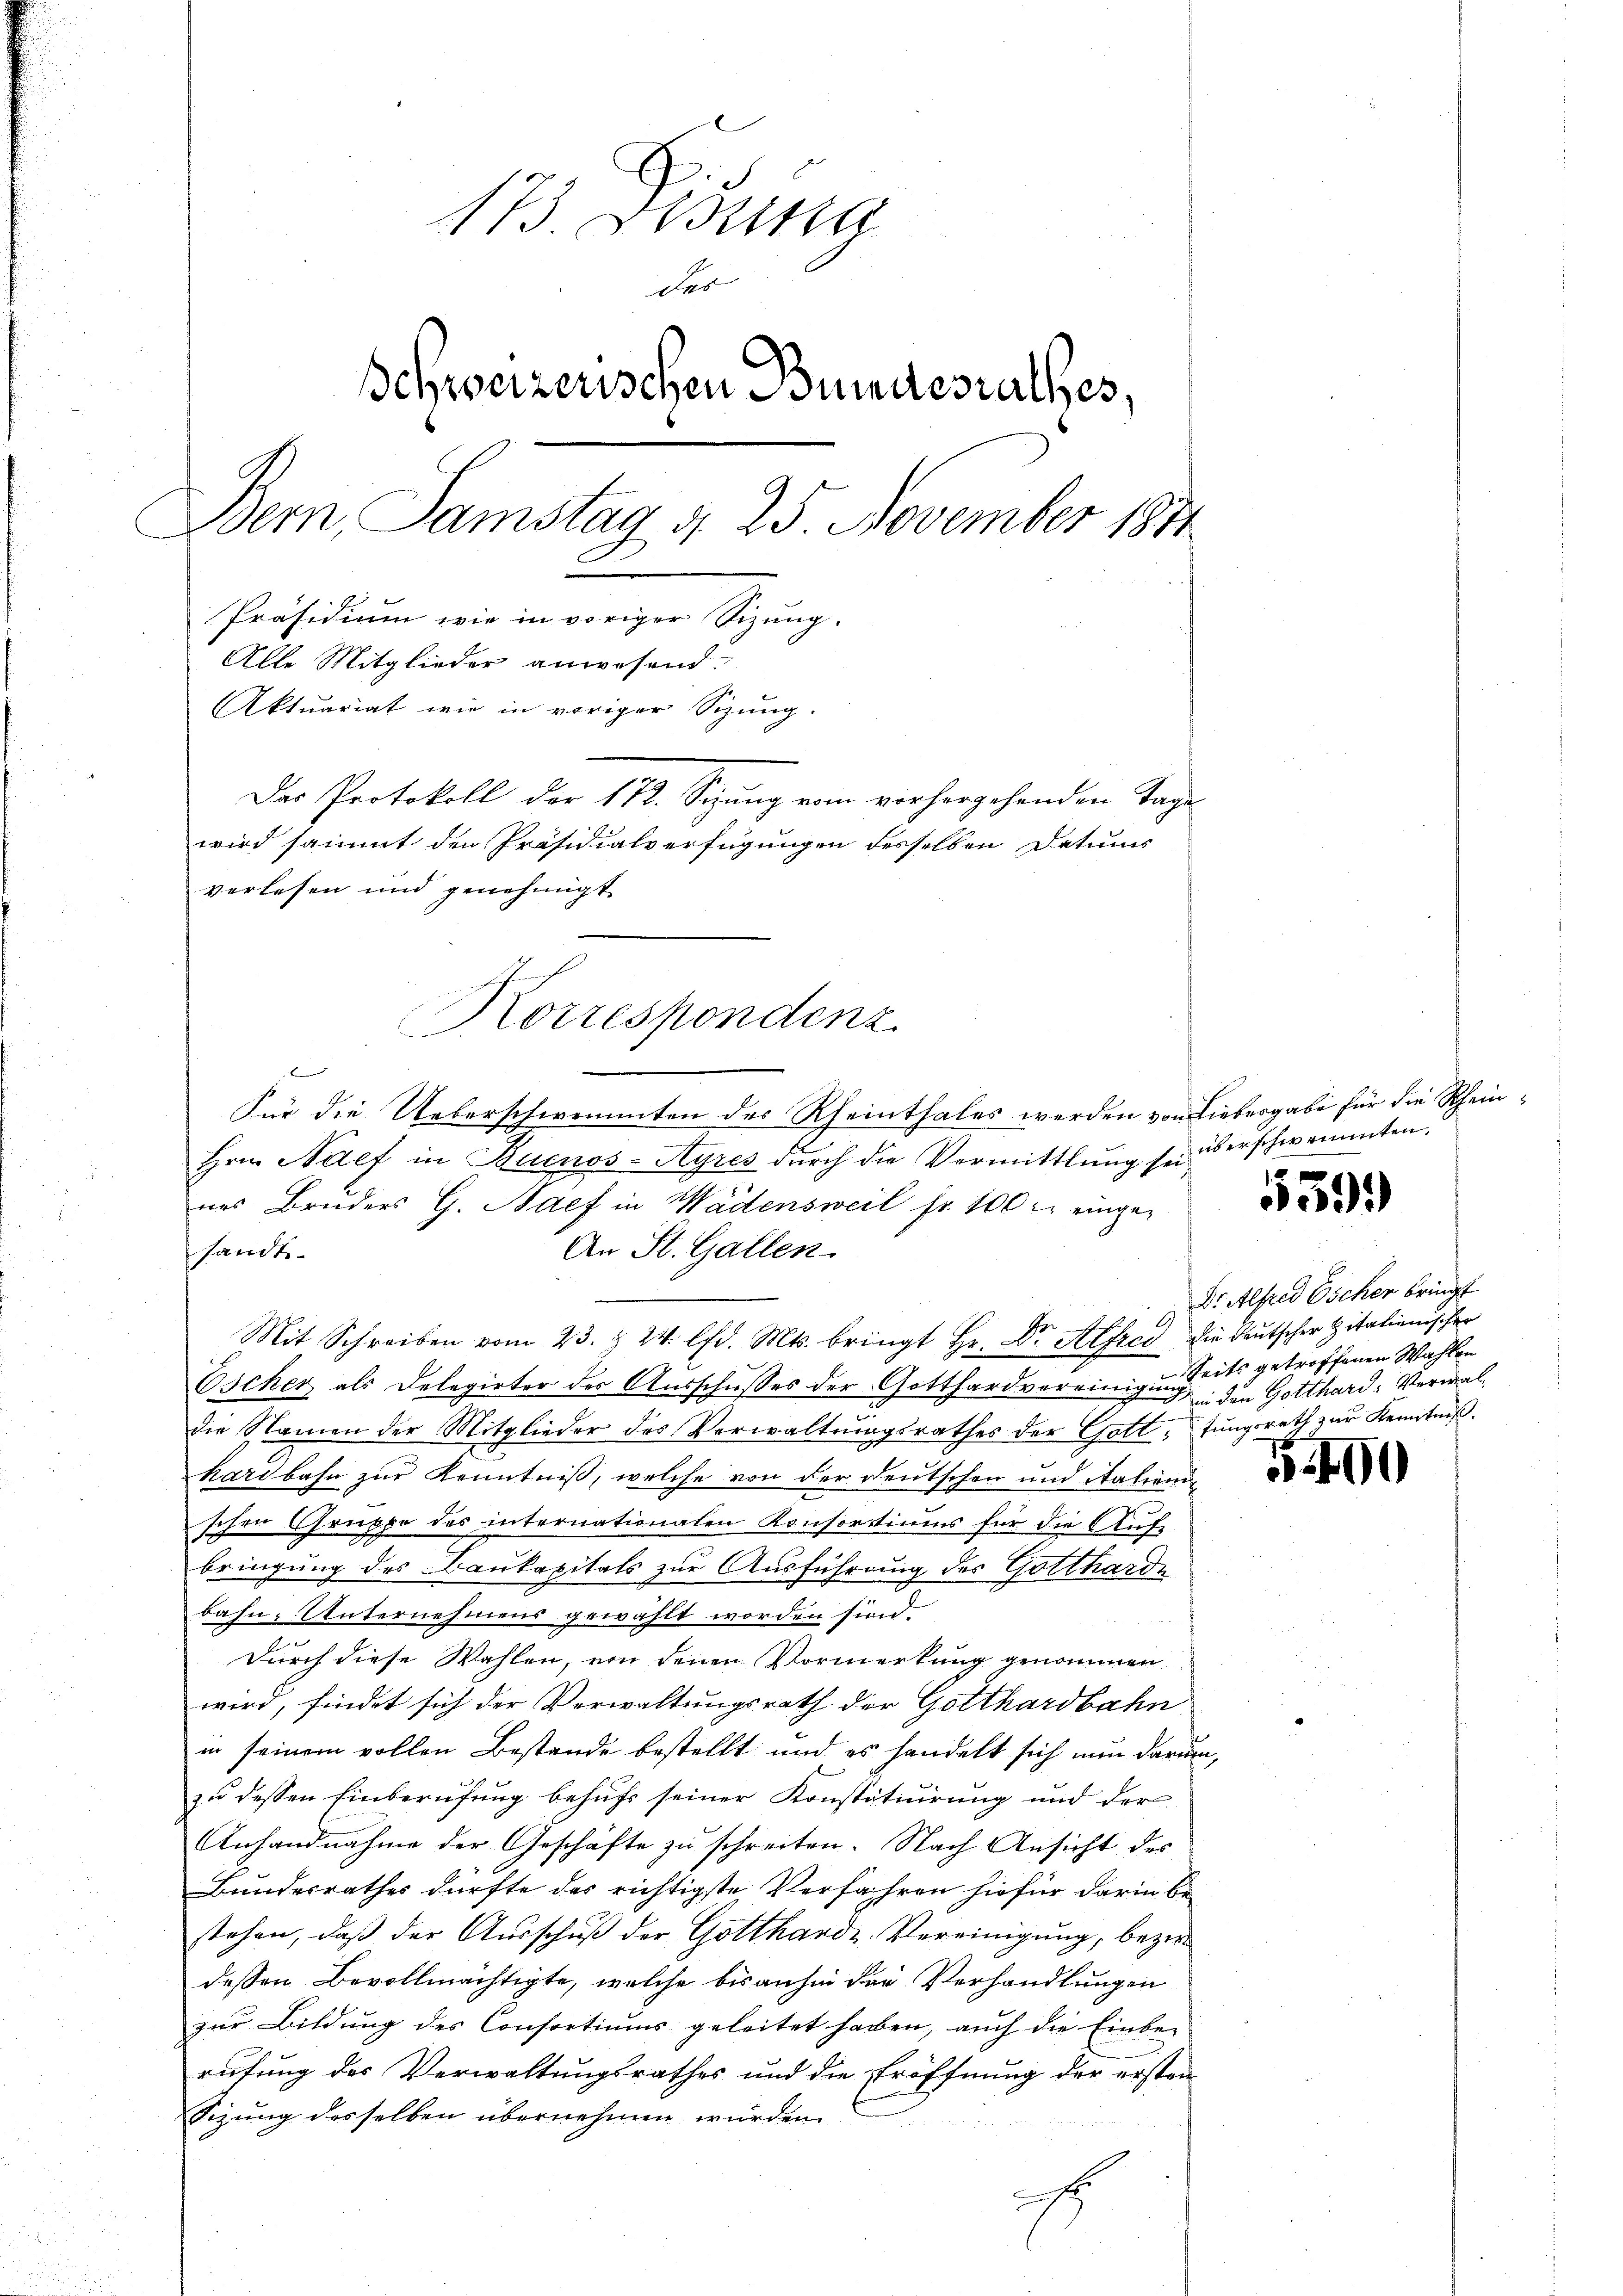
Korrespondenz

173 Sessita
der
Behweizerischen Bundesrathes,
Bern Samstag d. 25. November 1844
D
Präsidium wie in voriger Sizung.
Alle Mitglieder anwesend.
Aktuariat wie in voriger Sitzung.
Das Protokoll der 172. Sizung vom vorhergehenden Tage
wird sammt den Präsidialverfügungen desselben Datums
verlesen und genehmigt

Für die Ueberschwemmten des Rheinthales werden von Liebergabe für die Rhein¬
Hrn. Naef in Buenos-Ayres durch die Vermittlung sei
nes Bruders G. Saef in Wädensweil fr. 100 l. eingesandte
An St. Gallen.
Mit Schreiben vom 23. § 24. lfd. Mts. bringt Hr. Dr. Alfred die deutscher Zitalienischer
Oscher, als Delegirter des Ausschusses der Gotthardvereinigung den Gotthard-Verwaldie Namen der Mitglieder des Verwaltŭngsrathes der Gott, tŭngsrath zŭr Kenntniß
hardbahn zur Kenntniß, welche von der Deutschen und Aalieni
schen Gruppe des internationalen Konsortiums für die Auf-
bringung des Baukapitals zur Ausführung des Gottharde
bahn, Unternehmens gewählt worden sind.
Durch diese Wahlen, von denen Vormerkung genommen
wird, findet sich der Verwaltungsrath der Gotthardbahn
in seinem vollen Bestande bestellt und es handelt sich nun darum,
zu dessen Einberufung behufs seiner Konstituirung und der
Anhandnahme der Geschäfte zu schreiten. Nach Ansicht des
Bundesrathes dürfte das richtigste Verfahren hiefür darin bestehen, daß der Ausschuß der Gottharde Vereinigung, bezir
dessen Bevollmächtigte, welche bisanhin der Verhandlungen
zur Bildung des Consortiums geleitet haben, auch die Einbe-
rufung des Verwaltungsrathes und die Eröffnung der ersten
Sizung desselben übernehmen würden
.

überschwemmten.

559.)

Dr Alfred Escher bringt
Seits getroffenen Wahlen

590